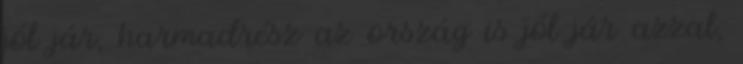
jól jár, harmadrész az ország is jól jár azzal,